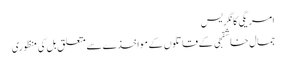
امریگی کانگریس
جمال خاشقجی کے قاتلوں کے مواخذے سے متعلق بل کی منظوری